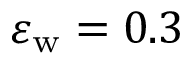
\varepsilon _ { \mathrm { w } } = 0 . 3